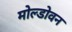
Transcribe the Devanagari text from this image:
मोल्डोवन